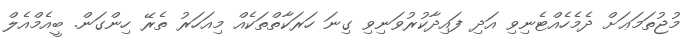
މުޖުތަމަޢަށް ދެމެހެއްޓެނިވި އަދި ފައިދާކުރުވަނިވި ގިނަ ހަރަކާތްތަކެއް މިއަހަރު ތެރޭ ހިންގަން. ބީއެމްއެލް